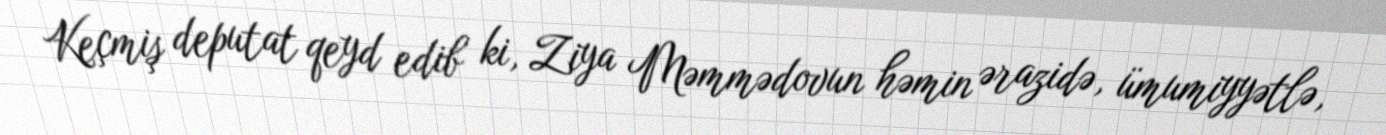
Keçmiş deputat qeyd edib ki, Ziya Məmmədovun həmin ərazidə, ümumiyyətlə,